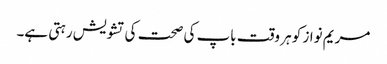
مریم نواز کو ہر وقت باپ کی صحت کی تشویش رہتی ہے۔